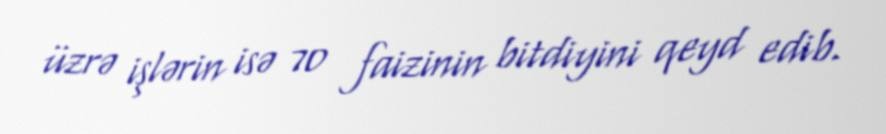
üzrə işlərin isə 70 faizinin bitdiyini qeyd edib.